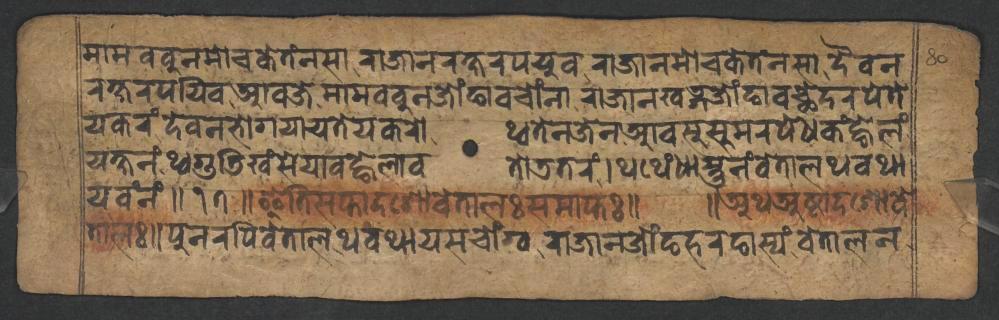
𑐩𑐵𑐩𑐧𑐧𑐸𑐣𑐩𑑀𑐔𑐎𑐾𑐟𑑄𑐣𑐳𑐵𑐬𑐵𑐖𑐵𑐣𑐬𑐎𑑂𑐲𑐬𑐥𑐫𑐸𑐰𑐬𑐵𑐖𑐵𑐣𑐩𑑀𑐔𑐎𑐾𑐟𑑄𑐣𑐳𑐵𑐡𑐿𑐰𑐣 𑐬𑐎𑑂𑐲𑐬𑐥𑐫𑐶𑐰𑐁𑐰𑐖𑐾𑐩𑐵𑐩𑐧𑐧𑐸𑐣𑐖𑑀𑑄𑐒𑐵𑐰𑐔𑑀𑑄𑐣𑐵𑐬𑐵𑐖𑐵𑐣𑐏𑐜𑑂𑐐𑐖𑑀𑑄𑐒𑐵𑐰𑐕𑐾𑐡𑐬𑐥𑐾𑐟𑐾 𑐫𑐎𑐬𑑄𑐡𑐾𑐰𑐣𑐨𑑀𑐐𑐫𑐵𑐫𑐟𑐾𑐫𑐎𑐬𑑀𑐠𑑂𑐰𑐟𑐾𑐣𑐖𑐾𑐣𑐁𑐰𑐳𑐸𑐳𑐸𑐩𑐬𑐥𑐾𑐢𑐎𑑄𑐒𑑂𑐴𑐾𑐮𑑄 𑐫𑐎𑑂𑐲𑐣𑑄𑐠𑑂𑐰𑐐𑐸𑐜𑐶𑐏𑑄𑐳𑐾𑐫𑐵𑐰𑐒𑑂𑐴𑐾𑐮𑐵𑐰𑐟𑑀𑐜𑐟𑐬𑑄𑑋𑐠𑐠𑑂𑐫𑑄𑐢𑐵𑐳𑑂𑐟𑐸𑐣𑑄𑐰𑐾𑐟𑐵𑐮𑐠𑐰𑐠𑐵 𑐫𑐰𑑄𑐣𑑄𑑌𑑑𑑗𑑌𑐂𑐟𑐶𑐳𑐥𑑂𑐟𑐵𑐡𑐱𑑀𑐰𑐾𑐟𑐵𑐮𑑅𑐳𑐩𑐵𑐥𑑂𑐟𑑅𑑌 𑑌𑐀𑐠𑐀𑐲𑑂𑐚𑐵𑐡𑐱𑑀𑐰𑐾 𑐟𑐵𑐮𑑅𑑌𑐥𑐸𑐣𑐬𑐥𑐶𑐰𑐾𑐟𑐵𑐮𑐠𑐰𑐠𑐵𑐫𑐳𑐔𑑀𑑄𑐐𑑂𑐰𑐬𑐵𑐖𑐵𑐣𑐖𑑀𑑄𑐒𑐴𑐬𑐒𑐵𑐳𑑂𑐫𑑄𑐰𑐾𑐟𑐵𑐮𑐣